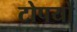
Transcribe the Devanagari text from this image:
टोपयों